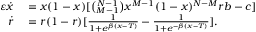
\begin{array} { r l } { \varepsilon \dot { x } } & { { } = x ( 1 - x ) [ \binom { N - 1 } { M - 1 } x ^ { M - 1 } ( 1 - x ) ^ { N - M } r b - c ] } \\ { \dot { r } } & { { } = r ( 1 - r ) [ \frac { 1 } { 1 + e ^ { \beta ( x - T ) } } - \frac { 1 } { 1 + e ^ { - \beta ( x - T ) } } ] . } \end{array}